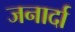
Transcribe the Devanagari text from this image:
जनार्दा